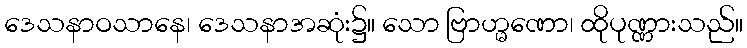
ဒေသနာဝသာနေ၊ ဒေသနာအဆုံး၌။ သော ဗြာဟ္မဏော၊ ထိုပုဏ္ဏားသည်။